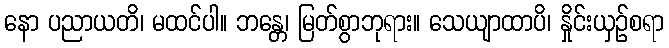
နော ပညာယတိ၊ မထင်ပါ။ ဘန္တေ၊ မြတ်စွာဘုရား။ သေယျာထာပိ၊ နှိုင်းယှဉ်စရာ